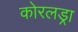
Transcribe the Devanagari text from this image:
कोरलड्रा